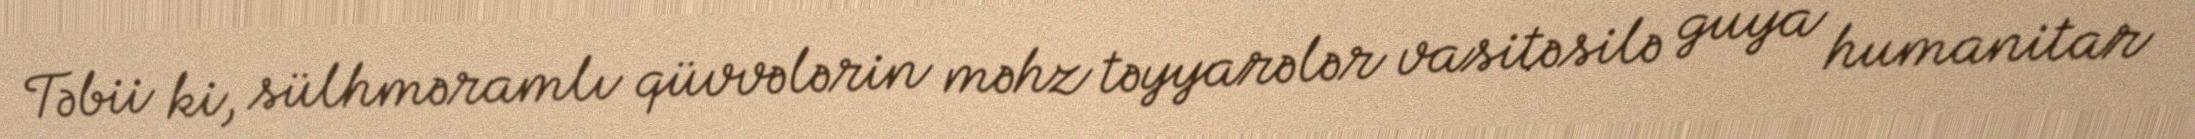
Təbii ki, sülhməramlı qüvvələrin məhz təyyarələr vasitəsilə guya humanitar